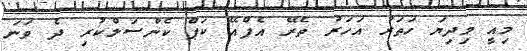
މިއީ މިދިޔަ ހަތަރު އަހަރު ތެރޭ އެފްއޭ ކަޕް ކެންސަލްކުރި ދެ ވަނަ